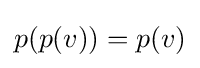
p(p(v))=p(v)